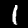
Digit: 1